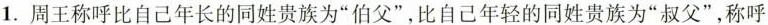
1.周王称呼比自己年长的同姓贵族为”伯父”，比自己年轻的同姓贵族为”叔父”，称呼